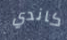
كاندي